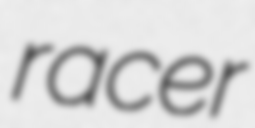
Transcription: racer